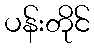
ပန်းတိုင်